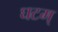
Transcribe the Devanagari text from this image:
घटम्